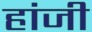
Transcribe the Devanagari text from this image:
हांजी